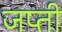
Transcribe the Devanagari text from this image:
जप्‍ती